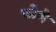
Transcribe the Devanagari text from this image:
फोणे